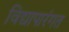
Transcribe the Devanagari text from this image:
विद्यापारंगत